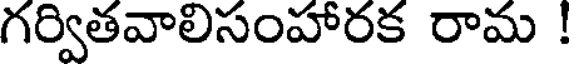
గర్వితవాలిసంహారక రామ !